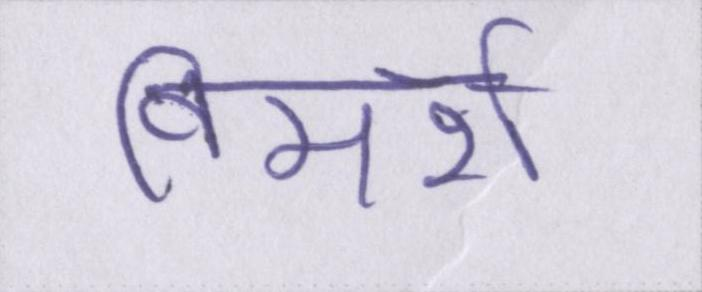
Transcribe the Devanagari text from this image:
विमर्श